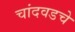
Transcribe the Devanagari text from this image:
चांदवडचे